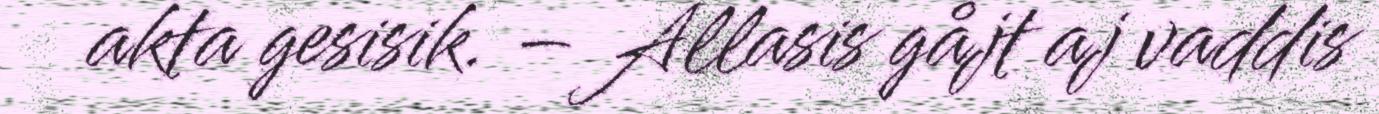
akta gesisik. – Allasis gåjt aj vaddis